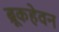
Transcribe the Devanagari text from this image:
ब्रूकहेवन